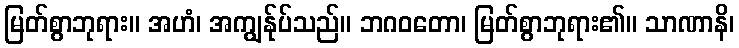
မြတ်စွာဘုရား။ အဟံ၊ အကျွန်ုပ်သည်။ ဘဂဝတော၊ မြတ်စွာဘုရား၏။ သာဏာနိ၊